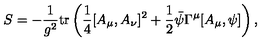
S = - \frac { 1 } { g ^ { 2 } } \mathrm { t r } \left( \frac { 1 } { 4 } [ A _ { \mu } , A _ { \nu } ] ^ { 2 } + \frac { 1 } { 2 } \bar { \psi } \Gamma ^ { \mu } [ A _ { \mu } , \psi ] \right) ,